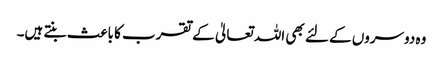
وہ دوسروں کے لئے بھی اللہ تعالیٰ کے تقرب کا باعث بنتے ہیں۔